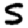
Digit: 5